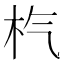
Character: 𣏙